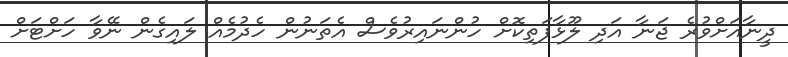
ދީނާއަށްވުރެ ޖަނާ އަދި ލޫޅާފަތިކޮށް ހުންނައިރުވެސް އެތަނުން ހެދުމެއް ލައިގެން ނޭވާ ހަށްޓަށް